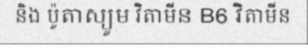
និង ប៉ូតាស្យូម វិតាមីន B6 វិតាមីន